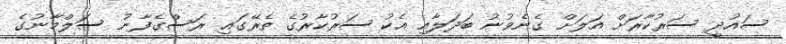
ސައުދީ ސަރުކާރަށް އަލަށް ގެނެވުނު ބަދަލާއި އެކު ސަރުކާރުގެ ތެރޭގައި ރަސްގެފާނު ސަލްމާނުގެ